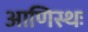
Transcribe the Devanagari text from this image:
आणिस्थः